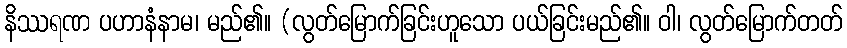
နိဿရဏ ပဟာနံနာမ၊ မည်၏။ (လွတ်မြောက်ခြင်းဟူသော ပယ်ခြင်းမည်၏။ ဝါ၊ လွတ်မြောက်တတ်